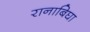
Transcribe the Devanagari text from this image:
रानाबिघा